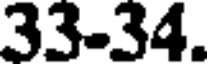
33-34.